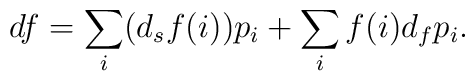
d f = \sum_{i} (d_{s} f(i)) p_{i} +\sum_{i} f(i) d_{f} p_{i}.